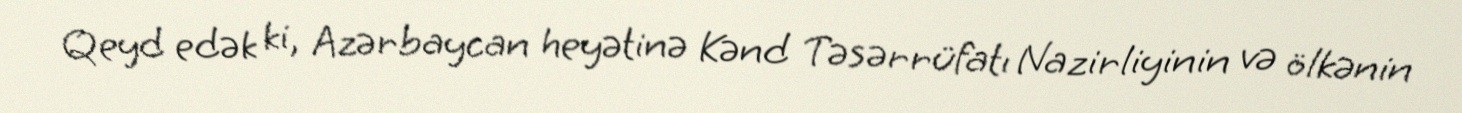
Qeyd edək ki, Azərbaycan heyətinə Kənd Təsərrüfatı Nazirliyinin və ölkənin